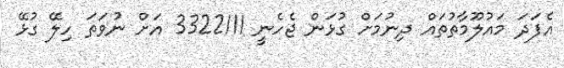
އެފަދަ މައުލޫމާތުތައް ދިނުމަށް ގުޅަން ޖެހެނީ 3322111 އަށް ނުވަތަ ހިލޭ ގުޅޭ